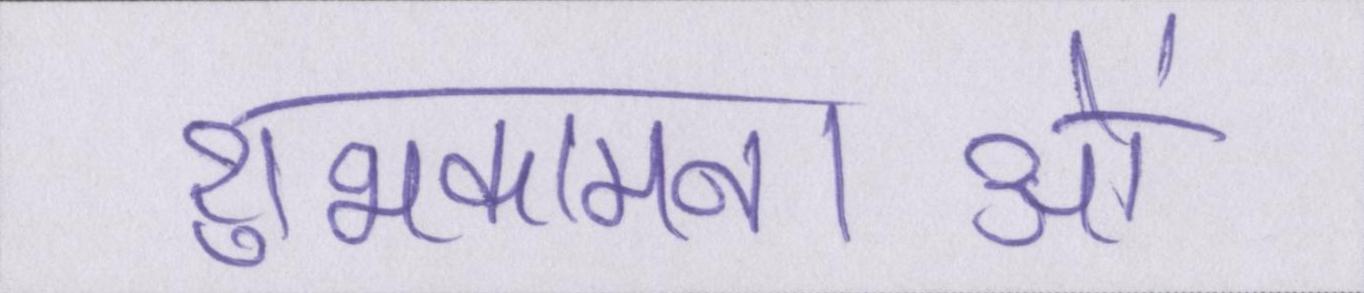
शुभकामनाओं